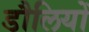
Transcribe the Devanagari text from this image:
डौलियों